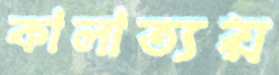
কালাত্যয়